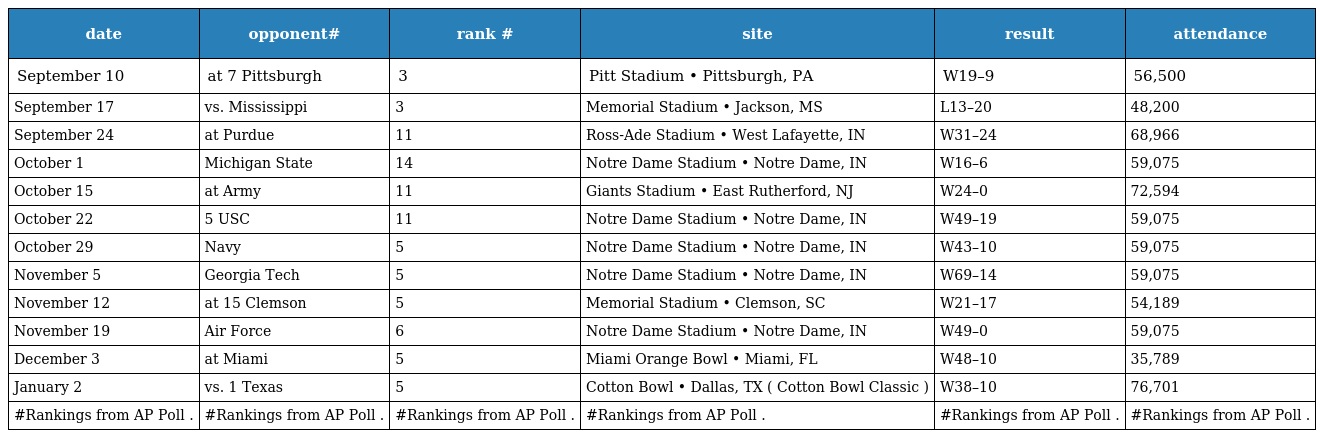
| date | opponent# | rank # | site | result | attendance |
 | --- | --- | --- | --- | --- | --- |
 | September 10 | at 7 Pittsburgh | 3 | Pitt Stadium • Pittsburgh, PA | W19–9 | 56,500 |
 | September 17 | vs. Mississippi | 3 | Memorial Stadium • Jackson, MS | L13–20 | 48,200 |
 | September 24 | at Purdue | 11 | Ross-Ade Stadium • West Lafayette, IN | W31–24 | 68,966 |
 | October 1 | Michigan State | 14 | Notre Dame Stadium • Notre Dame, IN | W16–6 | 59,075 |
 | October 15 | at Army | 11 | Giants Stadium • East Rutherford, NJ | W24–0 | 72,594 |
 | October 22 | 5 USC | 11 | Notre Dame Stadium • Notre Dame, IN | W49–19 | 59,075 |
 | October 29 | Navy | 5 | Notre Dame Stadium • Notre Dame, IN | W43–10 | 59,075 |
 | November 5 | Georgia Tech | 5 | Notre Dame Stadium • Notre Dame, IN | W69–14 | 59,075 |
 | November 12 | at 15 Clemson | 5 | Memorial Stadium • Clemson, SC | W21–17 | 54,189 |
 | November 19 | Air Force | 6 | Notre Dame Stadium • Notre Dame, IN | W49–0 | 59,075 |
 | December 3 | at Miami | 5 | Miami Orange Bowl • Miami, FL | W48–10 | 35,789 |
 | January 2 | vs. 1 Texas | 5 | Cotton Bowl • Dallas, TX ( Cotton Bowl Classic ) | W38–10 | 76,701 |
 | #Rankings from AP Poll . | #Rankings from AP Poll . | #Rankings from AP Poll . | #Rankings from AP Poll . | #Rankings from AP Poll . | #Rankings from AP Poll . |